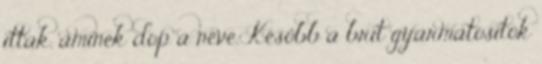
ittak, aminek dop a neve. Később a brit gyarmatosítók